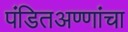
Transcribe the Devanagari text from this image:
पंडितअण्णांचा